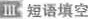
Ⅲ 短语填空